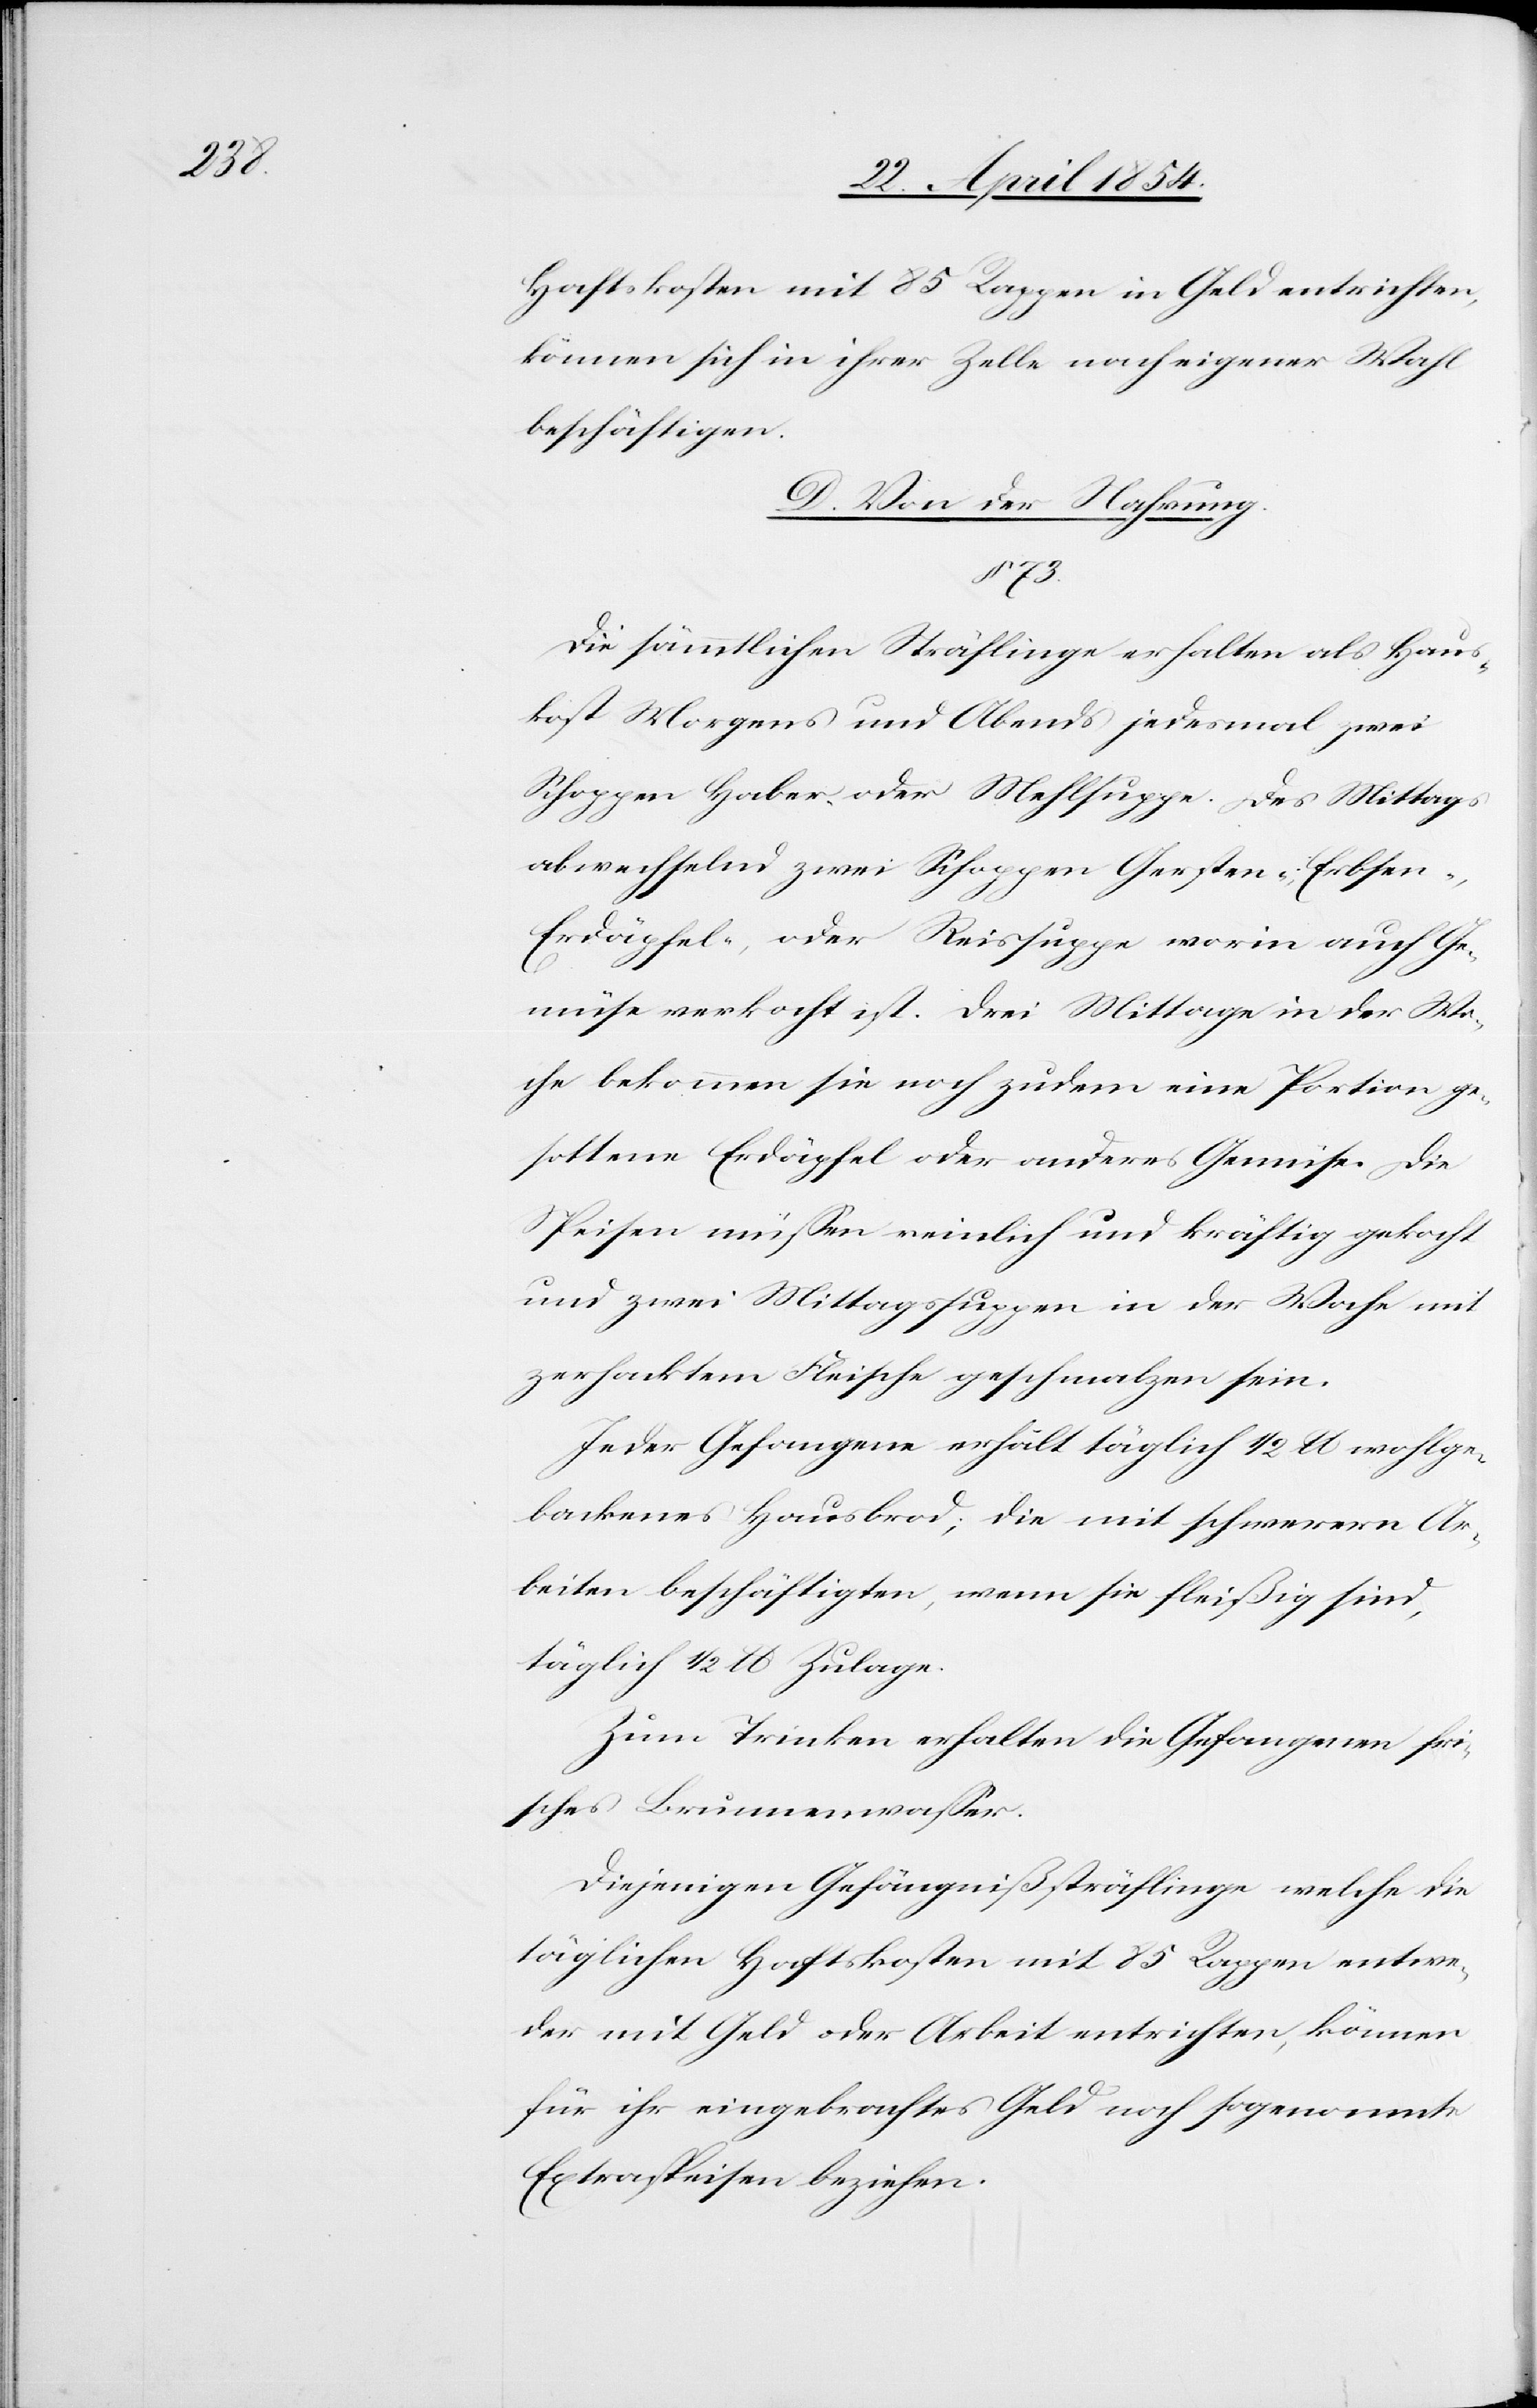
Haftskosten mit 85 Rappen in Geld entrichten,
können sich in ihrer Zelle nach eigener Wahl
beschäftigen.
D. Von der Nahrung.
§ 73.
Die sämmtlichen Sträflinge erhalten als Haus¬
kost Morgens und Abends jedesmal zwei
Schoppen Haber oder Mehlsuppe. Des Mittags
abwechselnd zwei Schoppen Gersten-, Erbsen-,
Erdäpfel-, oder Reissuppe worin auch Ge¬
müse verkocht ist. Drei Mittage in der Wo¬
che bekommen sie noch zudem eine Portion ge¬
sottene Erdäpfel oder anderes Gemüse. Die
Speisen müßen reinlich und kräftig gekocht
und zwei Mittagssuppen in der Woche mit
zerhacktem Fleisch geschmalzen sein.
Jeder Gefangene erhält täglich 1/2 lb wohlge¬
backenes Hausbrod; die mit schwerern Ar¬
beiten beschäftigten, wenn sie fleißig sind,
täglich 1/2 lb Zulage.
Zum Trinken erhalten die Gefangenen fri¬
sches Brunnenwaßer.
Diejenigen Gefängnißsträflinge welche die
täglichen Haftskosten mit 85 Rappen entwe¬
der mit Geld oder Arbeit entrichten, können
für ihr eingebrachtes Geld noch sogenannte
Extraspeisen beziehen.